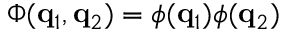
\Phi ( \ensuremath { \mathbf { q } } _ { 1 } , \ensuremath { \mathbf { q } } _ { 2 } ) = \phi ( \ensuremath { \mathbf { q } } _ { 1 } ) \phi ( \ensuremath { \mathbf { q } } _ { 2 } )